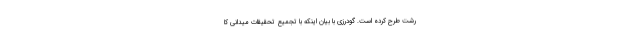
رشت طرح کرده است. گودرزی با بیان اینکه با تجمیع تحقیقات میدانی کا